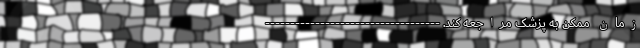
زمان ممکن به پزشک مراجعه کند. -----------------------------------